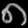
Digit: ၈